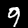
Digit: 9